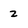
Character: 2